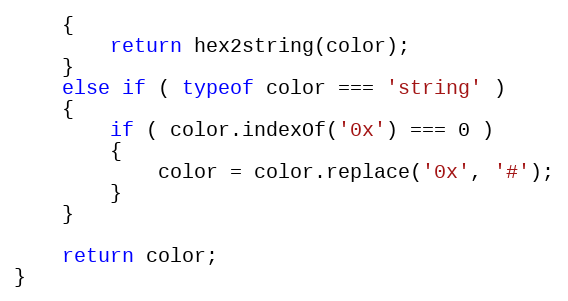
Language: JavaScript
    {
        return hex2string(color);
    }
    else if ( typeof color === 'string' )
    {
        if ( color.indexOf('0x') === 0 )
        {
            color = color.replace('0x', '#');
        }
    }

    return color;
}